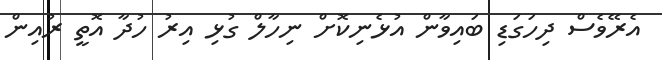
އެރޭވެސް ދިހަގަޑި ބައިވާން އުޅެނިކޮށް ނިހާލް ގުޅި އިރު ހުދާ އޮތީ ރުއިން